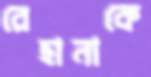
রেহানাকে